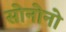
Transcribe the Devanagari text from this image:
सोनोनो